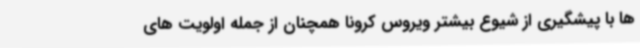
ها با پیشگیری از شیوع بیشتر ویروس کرونا همچنان از جمله اولویت های